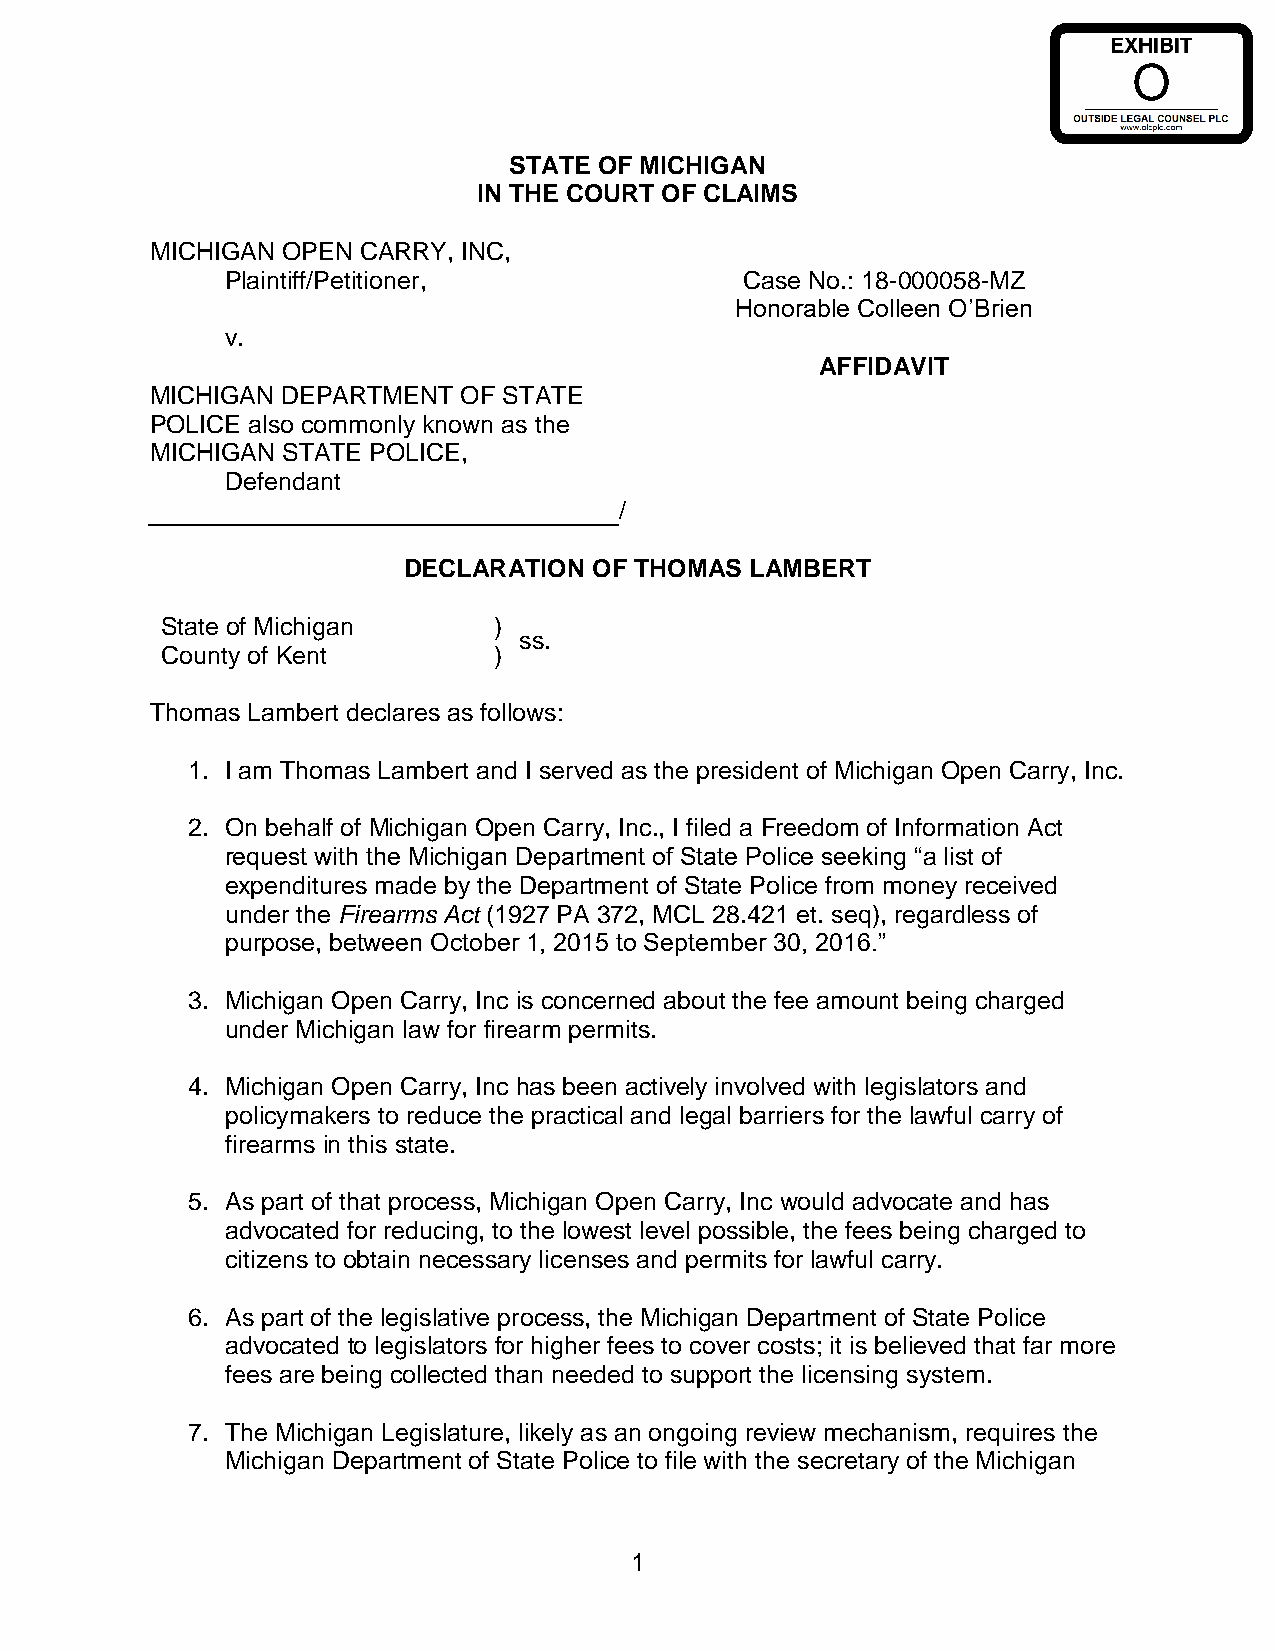
STATE OF MICHIGAN
 IN THE COURT OF CLAIMS
 MICHIGAN OPEN CARRY, INC,
 Plaintiff/Petitioner,             Case No.: 18-000058-MZ
 Honorable Colleen O’Brien
 v.
 AFFIDAVIT
 MICHIGAN DEPARTMENT  OF STATE
 POLICE also commonly known as the
 MICHIGAN STATE POLICE,
 Defendant
 /
 DECLARATION OF THOMAS  LAMBERT
 State of Michigan     )
 ss.
 County of Kent        )
 Thomas Lambert declares as follows:
 1. I am Thomas Lambert and I served as the president of Michigan Open Carry, Inc.
 2. On behalf of Michigan Open Carry, Inc., I filed a Freedom of Information Act
 request with the Michigan Department of State Police seeking “a list of
 expenditures made by the Department of State Police from money received
 under the Firearms Act (1927 PA 372, MCL 28.421 et. seq), regardless of
 purpose, between October 1, 2015 to September 30, 2016.”
 3. Michigan Open Carry, Inc is concerned about the fee amount being charged
 under Michigan law for firearm permits.
 4. Michigan Open Carry, Inc has been actively involved with legislators and
 policymakers to reduce the practical and legal barriers for the lawful carry of
 firearms in this state.
 5. As part of that process, Michigan Open Carry, Inc would advocate and has
 advocated for reducing, to the lowest level possible, the fees being charged to
 citizens to obtain necessary licenses and permits for lawful carry.
 6. As part of the legislative process, the Michigan Department of State Police
 advocated to legislators for higher fees to cover costs; it is believed that far more
 fees are being collected than needed to support the licensing system.
 7. The Michigan Legislature, likely as an ongoing review mechanism, requires the
 Michigan Department of State Police to file with the secretary of the Michigan
 1